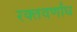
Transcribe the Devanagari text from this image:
रक्तवर्णांध